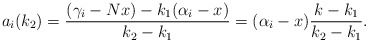
\begin{align*}a_i(k_2)=\frac{(\gamma_i-Nx)-k_1(\alpha_i-x)}{k_2-k_1}=(\alpha_i-x)\frac{k-k_1}{k_2-k_1}.\end{align*}